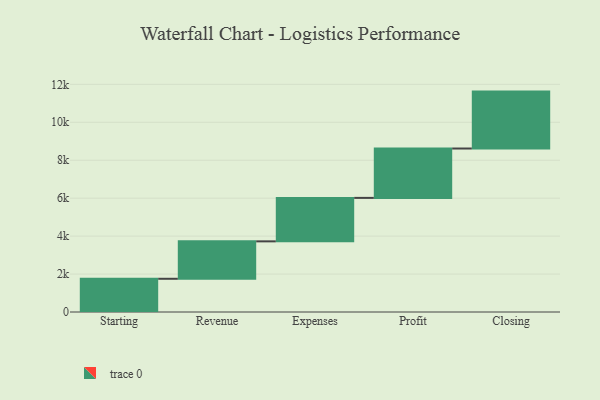
{"axis": {"x": "Step", "y": "Value"}, "legend": [""], "data": [{"x": "Starting", "y": 1751.0, "type": ""}, {"x": "Revenue", "y": 1973.0, "type": ""}, {"x": "Expenses", "y": 2291.0, "type": ""}, {"x": "Profit", "y": 2603.0, "type": ""}, {"x": "Closing", "y": 3000, "type": ""}]}